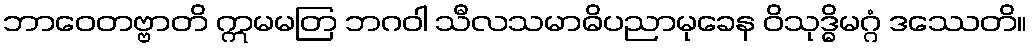
ဘာဝေတဗ္ဗာတိ ဣမမတြ ဘဂဝါ သီလသမာဓိပညာမုခေန ဝိသုဒ္ဓိမဂ္ဂံ ဒဿေတိ။